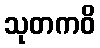
သုတကဝိ